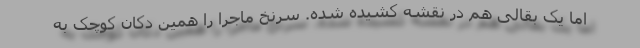
اما یک بقالی هم در نقشه کشیده شده. سرنخ ماجرا را همین دکان کوچک به